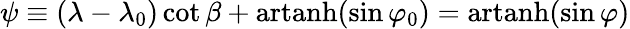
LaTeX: \psi\equiv(\lambda-\lambda_{0})\cot\beta+\operatorname{artanh}(\sin\varphi_{0})=\operatorname{artanh}(\sin\varphi)